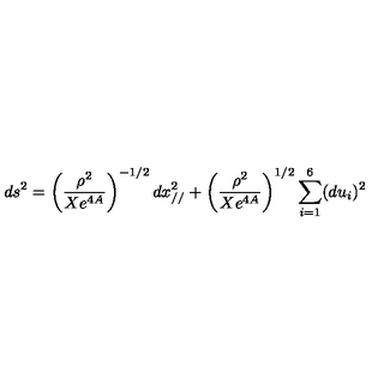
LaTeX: d s ^ { 2 } = \left( \frac { \rho ^ { 2 } } { X e ^ { 4 A } } \right) ^ { - 1 / 2 } d x _ { / / } ^ { 2 } + \left( \frac { \rho ^ { 2 } } { X e ^ { 4 A } } \right) ^ { 1 / 2 } \sum _ { i = 1 } ^ { 6 } ( d u _ { i } ) ^ { 2 }